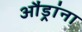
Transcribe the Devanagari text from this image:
औंड्रांना